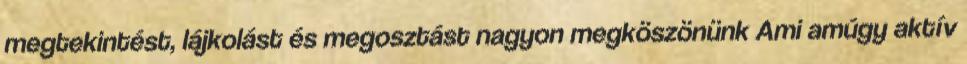
megtekintést, lájkolást és megosztást nagyon megköszönünk Ami amúgy aktív